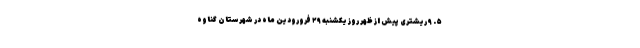
۵. ۹ ریشتری پیش از ظهر روز یکشنبه ۲۹ فرورودین ماه در شهرستان گناوه